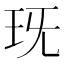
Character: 𤤍